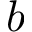
b